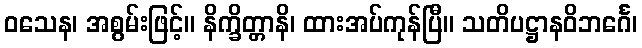
ဝသေန၊ အစွမ်းဖြင့်။ နိက္ခိတ္တာနိ၊ ထားအပ်ကုန်ပြီ။ သတိပဋ္ဌာနဝိဘင်္ဂေ၊